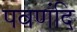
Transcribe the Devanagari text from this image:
पवणंदि